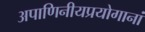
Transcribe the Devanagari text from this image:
अपाणिनीयप्रयोगानां